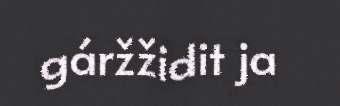
gáržžidit ja